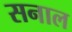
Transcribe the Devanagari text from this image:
सनाल